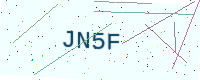
Text: JN5F